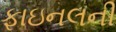
ફાઇનલની